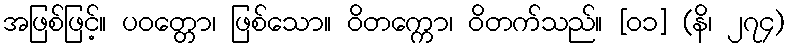
အဖြစ်ဖြင့်။ ပဝတ္တော၊ ဖြစ်သော။ ဝိတက္ကော၊ ဝိတက်သည်။ [၀၁] (နိ၊ ၂၇၄)